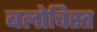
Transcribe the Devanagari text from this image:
बलोचिस्त